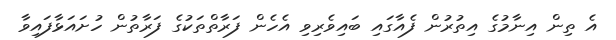
އެ ތިން އިނާމުގެ އިތުރުން ފެއާގައި ބައިވެރިވި އެހެން ފަރާތްތަކުގެ ފަރާތުން ހުށައަޅާފައިވާ